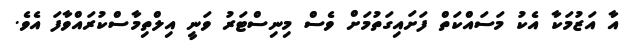
އާ އަޒުމަކާ އެކު މަސައްކަތް ފަށައިގަތުމަށް ވެސް މިނިސްޓަރު ވަނީ އިލްތިމާސްކުރައްވާފަ އެވެ.